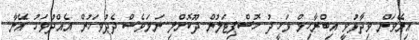
އިރޭވަން ވިދާޅުވީ އިބްރާހިމް ވަހީދު ހޮސްޕިޓަލުން ދޫކޮށްލި ނަމަވެސް ދެދުވަހުން އެއްދުވަހު އޭނާ